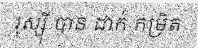
រុស្ស៊ី បាន ដាក់ កម្រិត